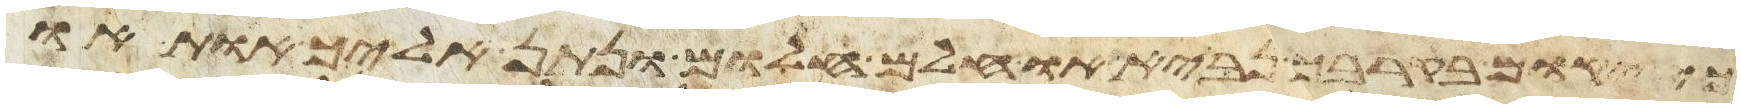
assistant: כי יקום בקרבך נביא או חלם חלום ונתן אליך אות או